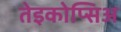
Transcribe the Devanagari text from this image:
तेइकोप्सिअ